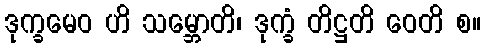
ဒုက္ခမေဝ ဟိ သမ္ဘောတိ၊ ဒုက္ခံ တိဋ္ဌတိ ဝေတိ စ။